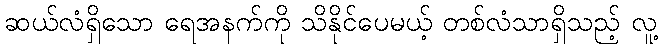
ဆယ်လံရှိသော ရေအနက်ကို သိနိုင်ပေမယ့် တစ်လံသာရှိသည့် လူ့